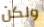
ولكن